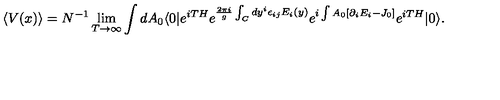
\langle V ( x ) \rangle = N ^ { - 1 } \lim _ { T \rightarrow \infty } \int d A _ { 0 } \langle 0 | e ^ { i T H } e ^ { { \frac { 2 \pi i } { g } } \int _ { C } d y ^ { i } \epsilon _ { i j } E _ { i } ( y ) } e ^ { i \int A _ { 0 } [ \partial _ { i } E _ { i } - J _ { 0 } ] } e ^ { i T H } | 0 \rangle .